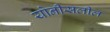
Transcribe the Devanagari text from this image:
योनीसलील